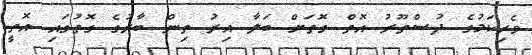
ވެރިކަމުގެ ދުސްތޫރު އޮތް ގޮތަށް ބަލާ އިރު ތިން ބާރުގެ ގޮތުގައި އޮތީ